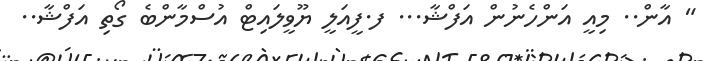
" އާން.. މިއީ އަންހެނުން އަފްޝާ... ފ.ފީއަލީ ޔޫވީލައިޓް އުސްމާންބެ ގޯތި އަފްޝާ..